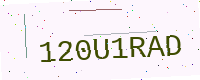
Text: 120U1RAD